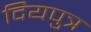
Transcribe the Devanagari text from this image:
दियपुत्र